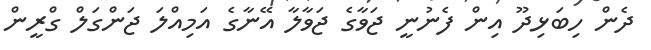
ދެން ހިބަޅިދޫ އިން ފެނުނީ ޖަވާގެ ޖަވާލާ އޭނާގެ އަމިއްލަ ޖަންގަލް ގްރީން